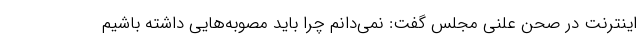
اینترنت در صحن علنی مجلس گفت: نمی‌دانم چرا باید مصوبه‌هایی داشته باشیم